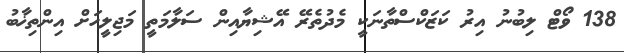
138 ވޯޓް ލިބުނު އިރު ކަޒަކްސްތާނަކީ މެދުތެރޭ އޭޝިޔާއިން ސަލާމަތީ މަޖިލީހަށް އިންތިޚާބު